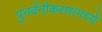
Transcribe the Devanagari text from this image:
पुनर्वनीकरणामध्ये